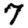
Digit: 7